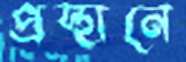
প্রস্থানে